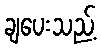
ချပေးသည့်